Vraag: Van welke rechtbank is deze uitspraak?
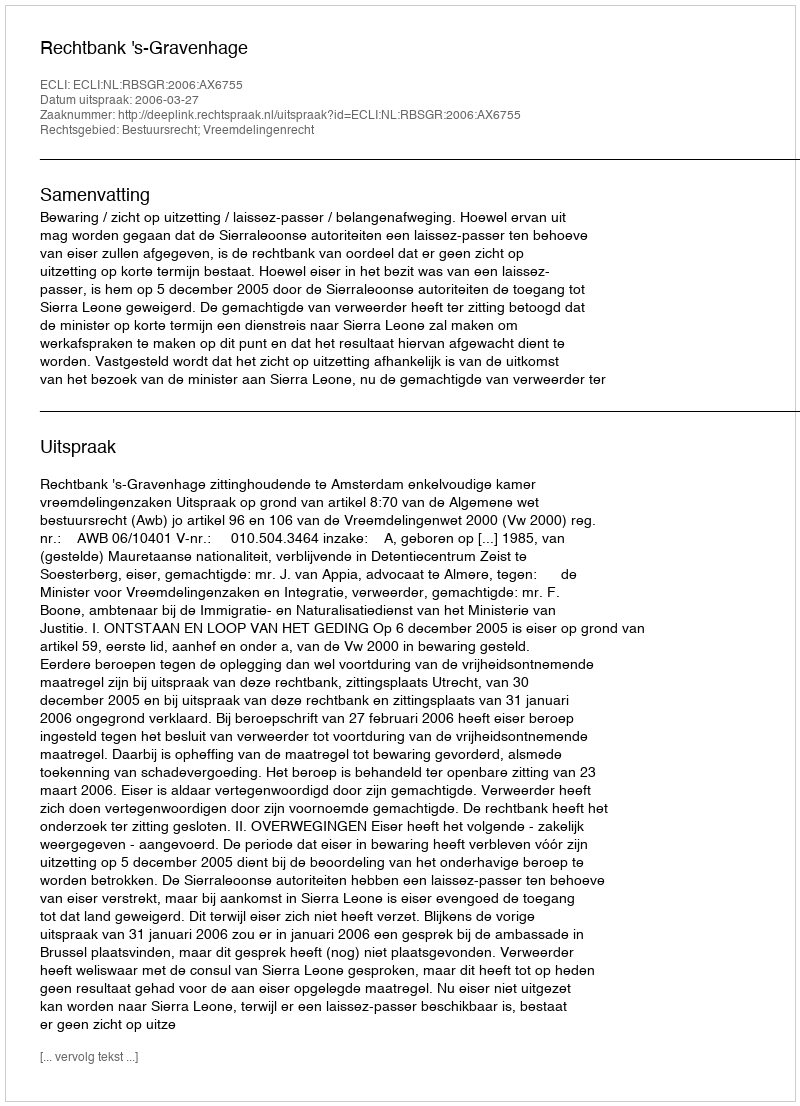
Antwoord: Rechtbank 's-Gravenhage